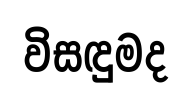
විසඳුමද